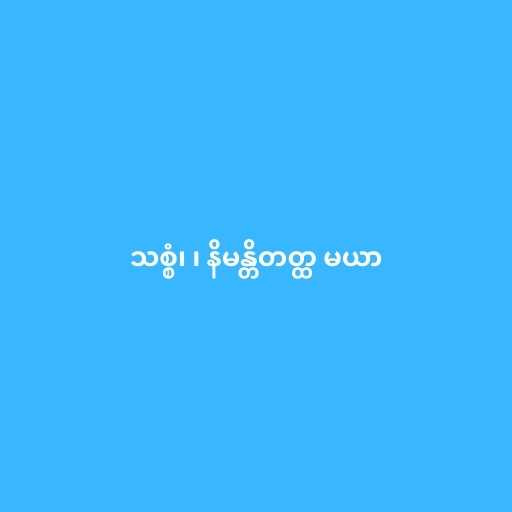
သစ္စံ၊ ၊ နိမန္တိတတ္ထ မယာ